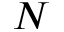
N